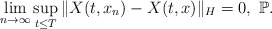
\begin{align*}\lim_{n\rightarrow\infty}\sup_{t\leq T}\Vert X(t, x_n)-X(t, x)\Vert_H = 0, \ \mathbb{P} .\end{align*}